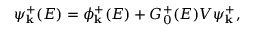
\psi _ { \mathbf { k } } ^ { + } ( E ) = \phi _ { \mathbf { k } } ^ { + } ( E ) + G _ { 0 } ^ { + } ( E ) V \psi _ { \mathbf { k } } ^ { + } ,